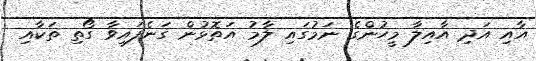
އާއި އަދި އާއިލާ މީހުންގެ ނަމުގައި ލާމު އަތޮޅުން ގަނެފައިވާ ގޯތި ތަކާއި